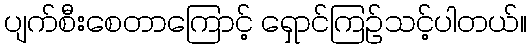
ပျက်စီးစေတာကြောင့် ရှောင်ကြဉ်သင့်ပါတယ်။